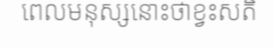
ពេលមនុស្សនោះថាខ្វះសតិ